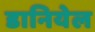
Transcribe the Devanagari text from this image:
डानियेल